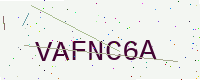
Text: VAFNC6A